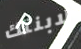
لابنتك